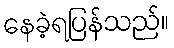
နေခဲ့ရပြန်သည်။